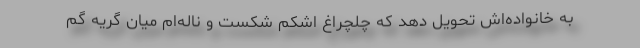
به خانواده‌اش تحویل دهد که چلچراغ اشکم شکست و ناله‌ام میان گریه گم